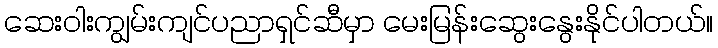
ဆေးဝါးကျွမ်းကျင်ပညာရှင်ဆီမှာ မေးမြန်းဆွေးနွေးနိုင်ပါတယ်။